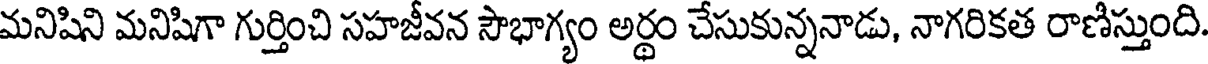
మనిషిని మనిషిగా గుర్తించి సహజీవన సౌభాగ్యం అర్థం చేసుకున్ననాడు, నాగరికత రాణిస్తుంది